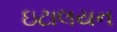
ઇટાલયન